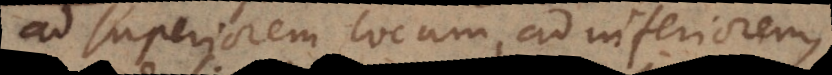
ad superiorem locum, ad inferiorem,